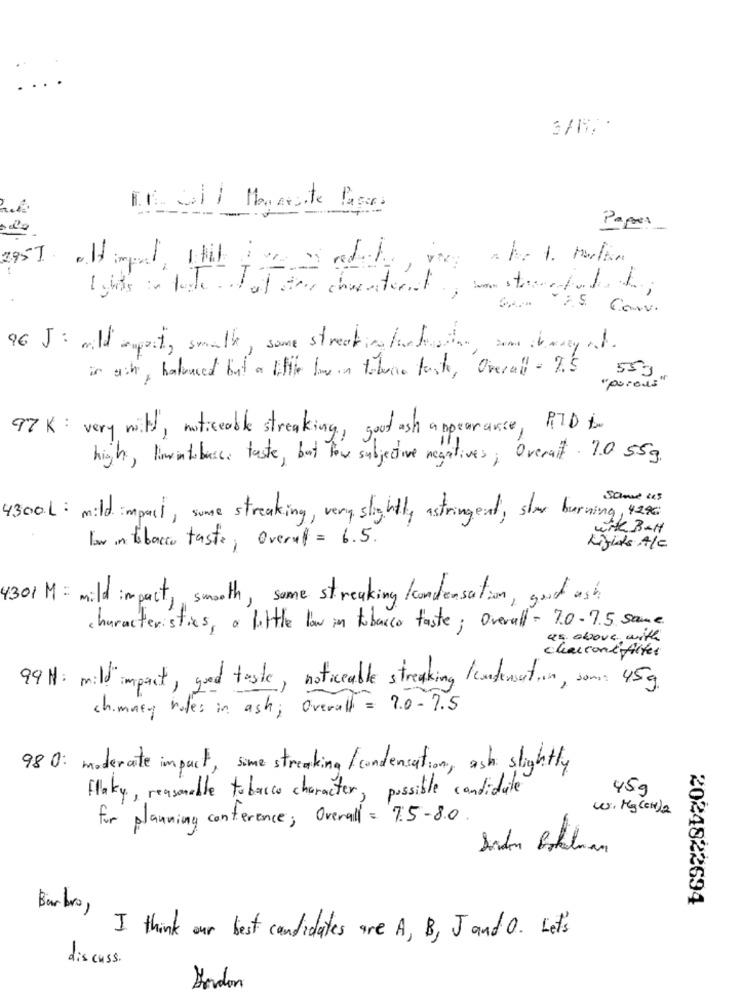
E.R. 2011 MenArante Pages
Paper
-
I ghts in tode waal other characteral, sonstaretutto;
Ui
96 J : wild reporting smalk, some streating forfater, som the way out.
in ach, halvaced but a little live in tobera fast, Overall = 2.5 55g
"porous"
97 K : very will, noticeable streaking, good ash appearance, ATD to
high, linalobusca taste, but low subjective negatives, Overall . 7.0 55g
same us
4300.L : mild impact, some streaking, very slightly astringent, slar burning, 42%
wite BAH
Low in tobacco tasto, Overal = 6.5.
Lights A/C
4301 M = mild impact, smooth, some streaking kondensation, good ash
characteristics, a little low in tobacco faste ; Overall - 7.0-7.5 same
as above with
charconé Alter
99 H: mild impact, good taste, noticeable streaking /condensation, somes 45g
chimney roles in ash; Overall = 7.0-7.5
98 0: moderate impact, some streaking / condensation, ask slightly
Flaky, reasonable tobacco character, possible candidate
459
w. Mg(CH)2
for planning conference; Overall = 7.5-8.0.
2024822694
Barbro ,
I think our best candidates are A, B , J and 0. Let's
discuss.
London